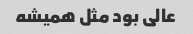
عالی بود مثل همیشه